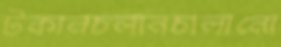
টকানচলানচালানো